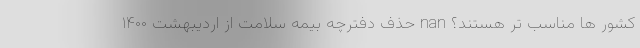
کشور ها مناسب تر هستند؟ nan حذف دفترچه بیمه سلامت از اردیبهشت ۱۴۰۰